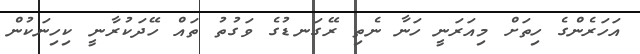
އަހަރެންގެ ހިތަށް މިއަރަނީ ހަނާ ނެތި ރޭގަނޑުގެ ވަގުތު ތައް ހޭދަކުރާނީ ކިހިނަކުން